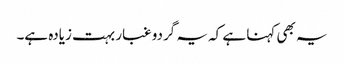
یہ بھی کہنا ہے کہ یہ گردو غبار بہت زیادہ ہے۔